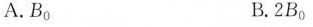
A.B_{0} B.2B_{0}